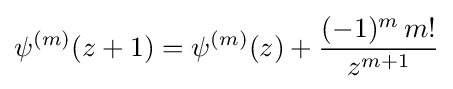
\psi ^{(m)}(z+1)=\psi ^{(m)}(z)+{\frac {(-1)^{m}\,m!}{z^{m+1}}}